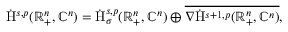
\begin{array} { r } { \dot { \mathrm { H } } ^ { s , p } ( \mathbb { R } _ { + } ^ { n } , \mathbb { C } ^ { n } ) = \dot { \mathrm { H } } _ { \sigma } ^ { s , p } ( \mathbb { R } _ { + } ^ { n } , \mathbb { C } ^ { n } ) \oplus \overline { { \nabla \dot { \mathrm { H } } ^ { s + 1 , p } ( \mathbb { R } _ { + } ^ { n } , \mathbb { C } ^ { n } ) } } \mathrm { , ~ } } \end{array}